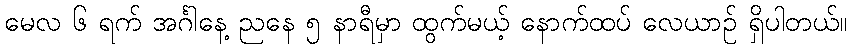
မေလ ၆ ရက် အင်္ဂါနေ့ ညနေ ၅ နာရီမှာ ထွက်မယ့် နောက်ထပ် လေယာဉ် ရှိပါတယ်။